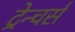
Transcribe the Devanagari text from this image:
ट्रेन्चर्स